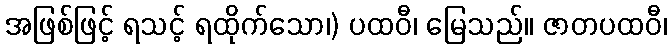
အဖြစ်ဖြင့် ရသင့် ရထိုက်သော၊) ပထဝီ၊ မြေသည်။ ဇာတပထဝီ၊